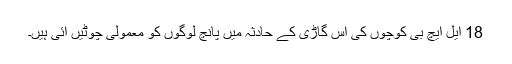
18 ایل ایچ بی کوچوں کی اس گاڑی کے حادثہ میں پانچ لوگوں کو معمولی چوٹیں آئی ہیں۔